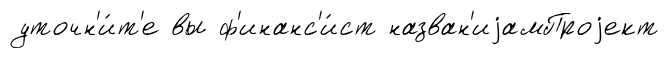
уточн'и́т'е вы ф'инанс'и́ст назван'иjамПроjект